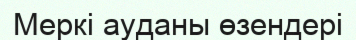
Меркі ауданы өзендері